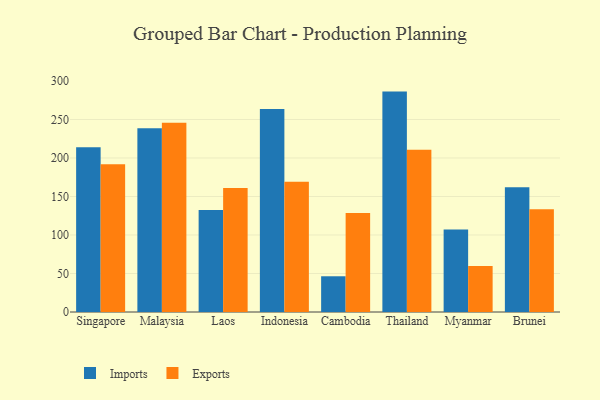
{"axis": {"x": "Country", "y": "Gross Profit (USD K)"}, "legend": ["Exports", "Imports"], "data": [{"x": "Singapore", "y": 213.8, "type": "Imports"}, {"x": "Singapore", "y": 191.7, "type": "Exports"}, {"x": "Malaysia", "y": 238.5, "type": "Imports"}, {"x": "Malaysia", "y": 245.9, "type": "Exports"}, {"x": "Laos", "y": 132.4, "type": "Imports"}, {"x": "Laos", "y": 160.9, "type": "Exports"}, {"x": "Indonesia", "y": 263.5, "type": "Imports"}, {"x": "Indonesia", "y": 169.0, "type": "Exports"}, {"x": "Cambodia", "y": 46.4, "type": "Imports"}, {"x": "Cambodia", "y": 128.4, "type": "Exports"}, {"x": "Thailand", "y": 286.2, "type": "Imports"}, {"x": "Thailand", "y": 210.7, "type": "Exports"}, {"x": "Myanmar", "y": 107.0, "type": "Imports"}, {"x": "Myanmar", "y": 59.6, "type": "Exports"}, {"x": "Brunei", "y": 162.1, "type": "Imports"}, {"x": "Brunei", "y": 133.3, "type": "Exports"}]}